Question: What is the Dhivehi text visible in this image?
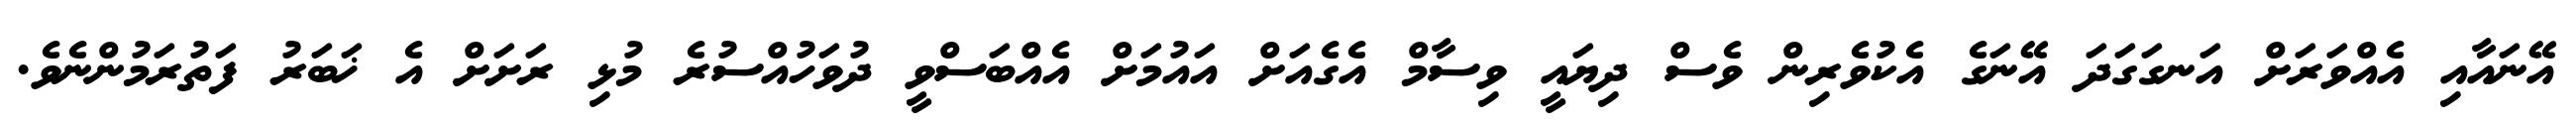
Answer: އޭނައާއި އެއްވަރަށް އަނގަގަދަ އޭނަގެ އެކުވެރިން ވެސް ދިޔައީ ވިސާމް އެގެއަށް އައުމަށް އެއްބަސްވީ ދުވަހުއްސުރެ މުޅި ރަށަށް އެ ޚަބަރު ފަތުރަމުންނެވެ.